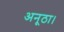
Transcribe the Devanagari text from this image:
अनूठा।